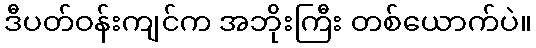
ဒီပတ်ဝန်းကျင်က အဘိုးကြီး တစ်ယောက်ပဲ။